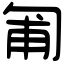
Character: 匍